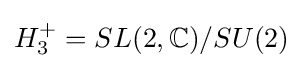
H_{3}^{+}=SL(2,\mathbb {C} )/SU(2)